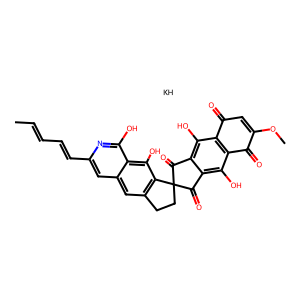
SMILES: CC=CC=Cc1cc2cc3c(c(O)c2c(O)n1)C1(CC3)C(=O)c2c(O)c3c(c(O)c2C1=O)C(=O)C(OC)=CC3=O.[KH]
Inhibits HIV replication: No